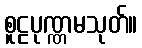
စူဠပုဏ္ဏမသုတ်။